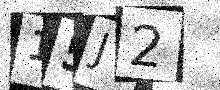
Text: 15J2